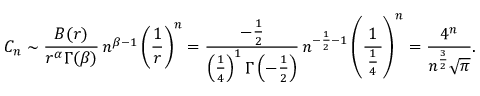
C _ { n } \sim { \frac { B ( r ) } { r ^ { \alpha } \Gamma ( \beta ) } } \, n ^ { \beta - 1 } \left( { \frac { 1 } { r } } \right) ^ { n } = { \frac { - { \frac { 1 } { 2 } } } { \left( { \frac { 1 } { 4 } } \right) ^ { 1 } \Gamma \left( - { \frac { 1 } { 2 } } \right) } } \, n ^ { - { \frac { 1 } { 2 } } - 1 } \left( { \frac { 1 } { \, { \frac { 1 } { 4 } } \, } } \right) ^ { n } = { \frac { 4 ^ { n } } { n ^ { \frac { 3 } { 2 } } { \sqrt { \pi } } } } .